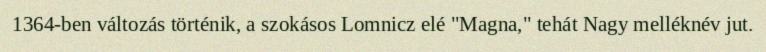
1364-ben változás történik, a szokásos Lomnicz elé "Magna," tehát Nagy melléknév jut.